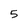
Character: 5